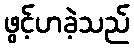
ဖွင့်ဟခဲ့သည်